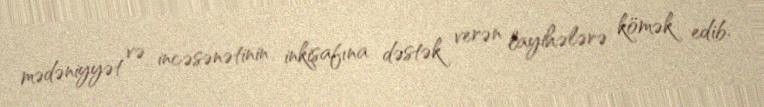
mədəniyyət və incəsənətinin inkişafına dəstək verən layihələrə kömək edib.